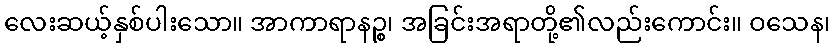
လေးဆယ့်နှစ်ပါးသော။ အာကာရာနဉ္စ၊ အခြင်းအရာတို့၏လည်းကောင်း။ ဝသေန၊